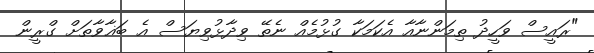
"ރައީސް ވަހީދު ތިމަންނާއާ އެކަމަކާ ގުޅުމެއް ނެތޭ ވިދާޅުވިޔަސް އެ ބަޣާވާތަށް ގްރީން